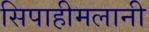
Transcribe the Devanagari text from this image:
सिपाहीमलानी